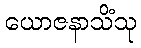
ယောဇနာသိံသု